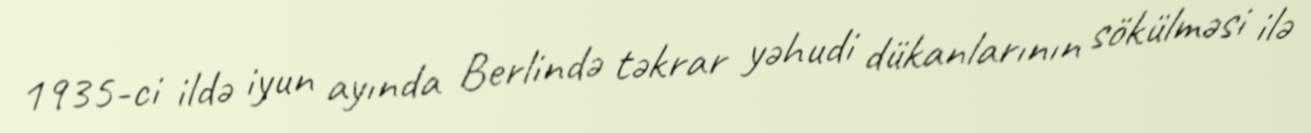
1935-ci ildə iyun ayında Berlində təkrar yəhudi dükanlarının sökülməsi ilə